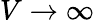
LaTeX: V\to\infty